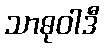
သာဓုဝါဒီ